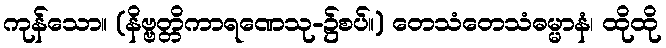
ကုန်သော။ (နိဗ္ဗတ္တိကာရဏေသု-၌စပ်။) တေသံတေသံဓမ္မာနံ၊ ထိုထို